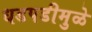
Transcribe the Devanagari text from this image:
धडपडीमुळे